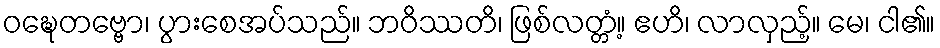
ဝဍ္ဎေတဗ္ဗော၊ ပွားစေအပ်သည်။ ဘဝိဿတိ၊ ဖြစ်လတ္တံ့။ ဧဟိ၊ လာလှည့်။ မေ၊ ငါ၏။